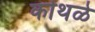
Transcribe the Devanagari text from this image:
कोथळे